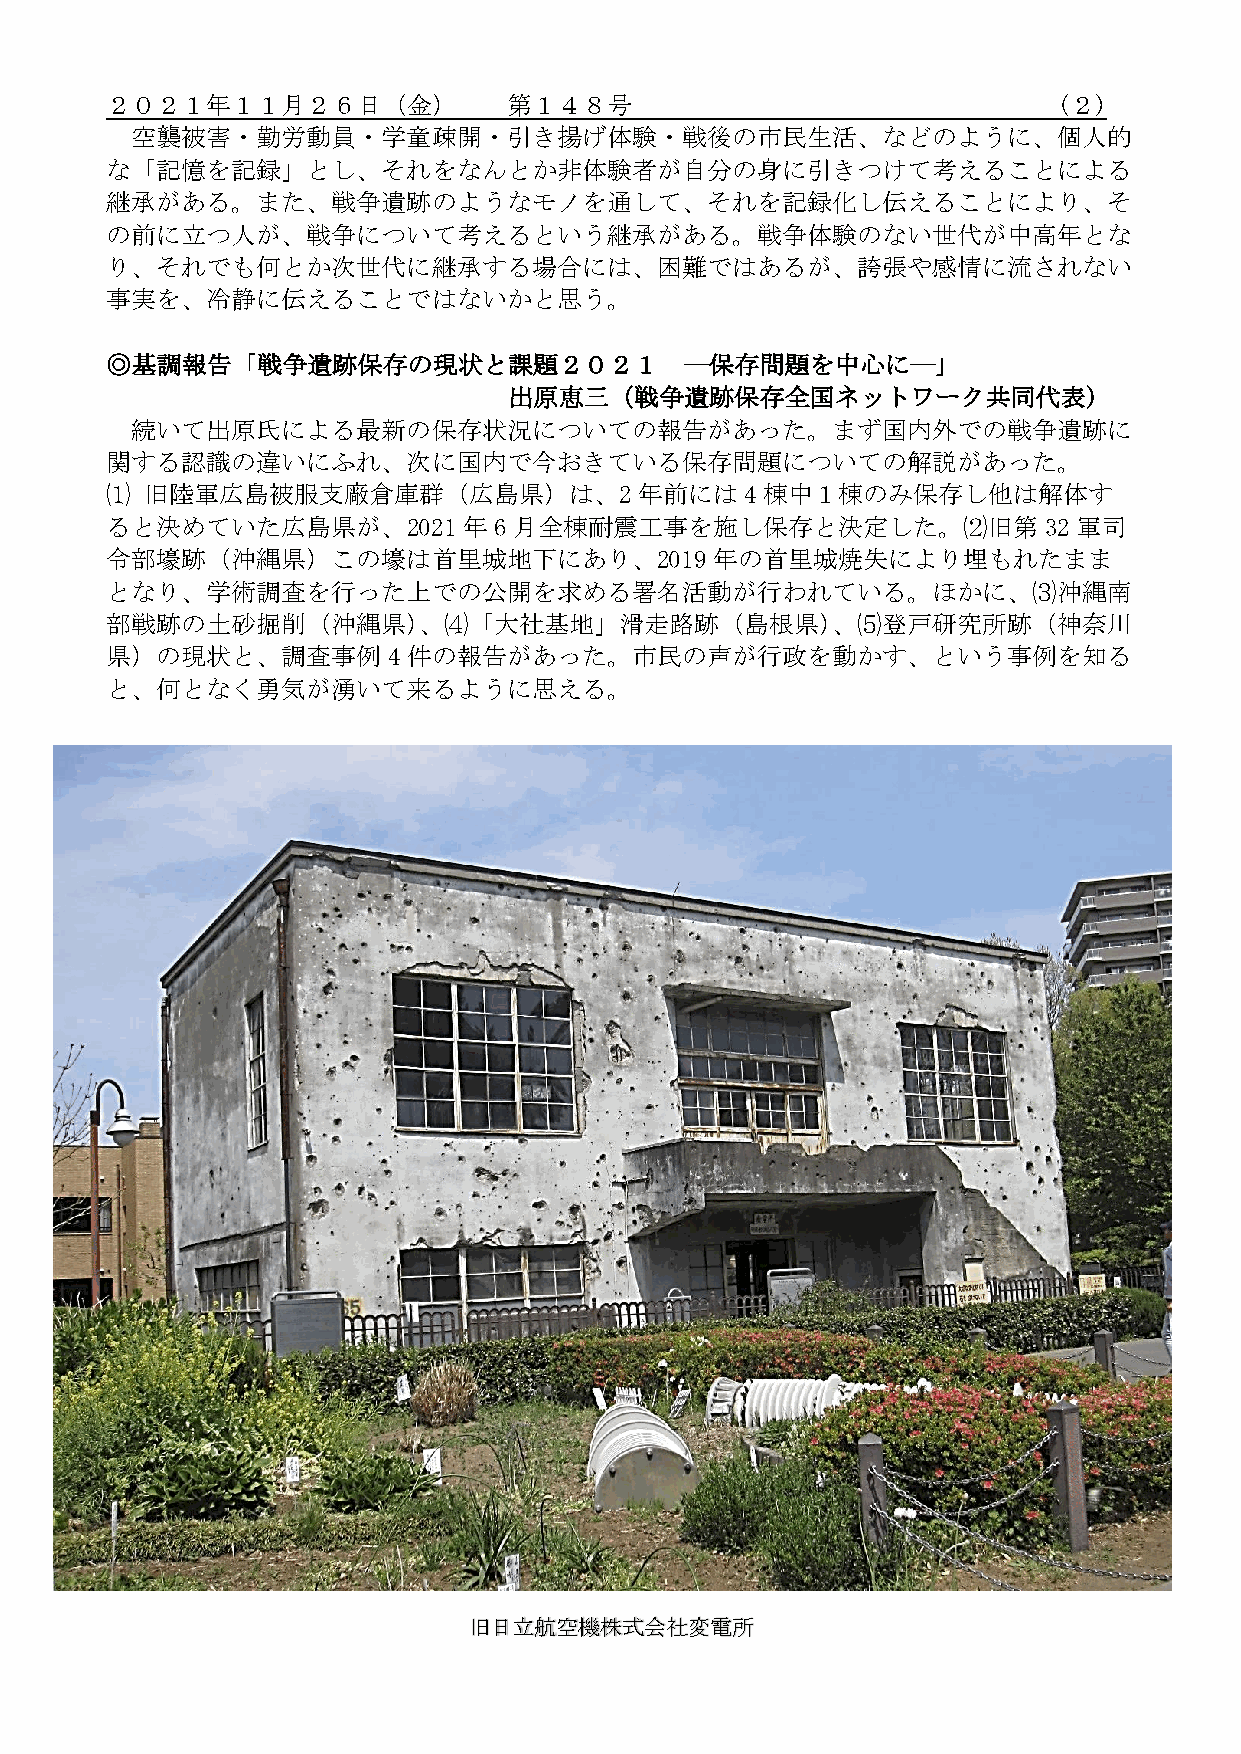
２０２１年１１月２６日（金）             第１４８号                               (２)
 空襲被害・勤労動員・学童疎開・引き揚げ体験・戦後の市民生活、などのように、個人的
 な「記憶を記録」とし、それをなんとか非体験者が自分の身に引きつけて考えることによる
 継承がある。また、戦争遺跡のようなモノを通して、それを記録化し伝えることにより、そ
 の前に立つ人が、戦争について考えるという継承がある。戦争体験のない世代が中高年とな
 り、それでも何とか次世代に継承する場合には、困難ではあるが、誇張や感情に流されない
 事実を、冷静に伝えることではないかと思う。
 ◎基調報告「戦争遺跡保存の現状と課題２０２１                ―保存問題を中心に―」
 出原恵三（戦争遺跡保存全国ネットワーク共同代表）
 続いて出原氏による最新の保存状況についての報告があった。まず国内外での戦争遺跡に
 関する認識の違いにふれ、次に国内で今おきている保存問題についての解説があった。
 ⑴  旧陸軍広島被服支廠倉庫群（広島県）は、2年前には4                棟中１棟のみ保存し他は解体す
 ると決めていた広島県が、2021        年6月全棟耐震工事を施し保存と決定した。⑵旧第               32軍司
 令部壕跡（沖縄県）この壕は首里城地下にあり、2019年の首里城焼失により埋もれたまま
 となり、学術調査を行った上での公開を求める署名活動が行われている。ほかに、⑶沖縄南
 部戦跡の土砂掘削（沖縄県）、⑷「大社基地」滑走路跡（島根県）、⑸登戸研究所跡（神奈川
 県）の現状と、調査事例        4件の報告があった。市民の声が行政を動かす、という事例を知る
 と、何となく勇気が湧いて来るように思える。
 旧日立航空機株式会社変電所